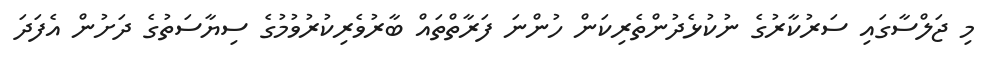
މި ޖަލްސާގައި ސަރުކާރުގެ ނުކުޅެދުންތެރިކަން ހުންނަ ފަރާތްތައް ބާރުވެރިކުރުވުމުގެ ސިޔާސަތުގެ ދަށުން އެފަދަ